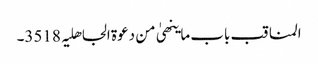
المناقب باب ما ینھیٰ من دعوۃ الجاھلیہ 3518۔